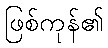
ဖြစ်ကုန်၏